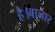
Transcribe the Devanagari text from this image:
है।बाजार